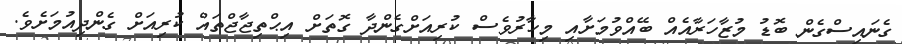
ގެނައިސްގެން ބޮޑު މުޒާހަރާއެއް ބޭއްވުމަށާއި މިހާރުވެސް ކުރިއަށްގެންދާ ގޮތަށް އިޙްތިޖާޖްތައް ކުރިއަށް ގެންދިއުމަށެވެ.